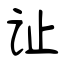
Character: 让